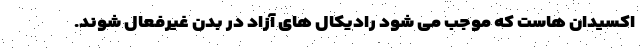
اکسیدان هاست که موجب می شود رادیکال های آزاد در بدن غیرفعال شوند.